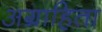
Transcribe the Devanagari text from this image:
अग्राहिता